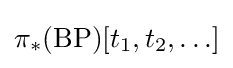
\pi _{*}({\text{BP}})[t_{1},t_{2},\ldots ]